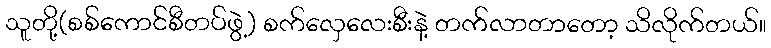
သူတို့(စစ်ကောင်စီတပ်ဖွဲ့) စက်လှေလေးစီးနဲ့ တက်လာတာတော့ သိလိုက်တယ်။